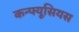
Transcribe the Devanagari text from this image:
कन्फ्यूसियस